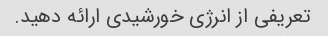
تعریفی از انرژی خورشیدی ارائه دهید.